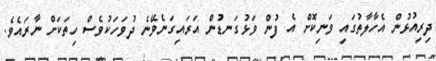
ދިރިއުޅުން އެހާލާތުގައި ވަނިކޮށް އެ ފުން ވަޅުގަނޑުން އަރައިގަނެވޭނެ ދުވަހަކުވެސް ހިތަކަށް ނާރައެވެ.